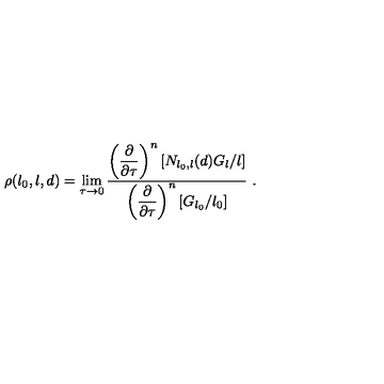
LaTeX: \rho ( l _ { 0 } , l , d ) = \lim _ { \tau \to 0 } { \frac { \displaystyle { \left( { \frac { \partial } { \partial \tau } } \right) ^ { n } \left[ N _ { l _ { 0 } , l } ( d ) G _ { l } / l \right] } } { \displaystyle { \left( { \frac { \partial } { \partial \tau } } \right) ^ { n } \left[ G _ { l _ { 0 } } / l _ { 0 } \right] } } } \ .